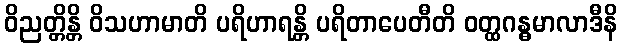
ဝိညတ္တိန္တိ ဝိသဟာမာတိ ပရိဟာရန္တိ ပရိတာပေတီတိ ဝတ္ထဂန္ဓမာလာဒီနိ